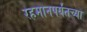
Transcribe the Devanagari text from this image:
रहमानपर्यंतच्या